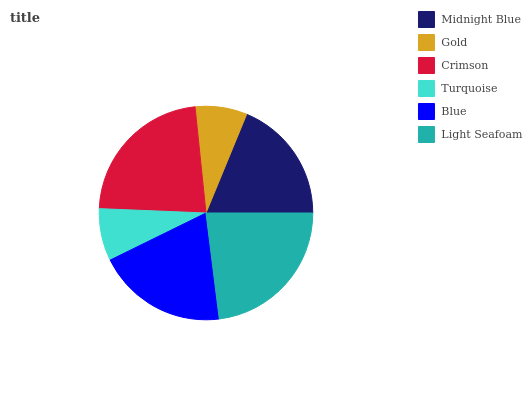
| Midnight Blue | Gold | Crimson | Turquoise | Blue | Light Seafoam |
 | --- | --- | --- | --- | --- | --- |
 | 18.8% | 7.84% | 22.7% | 7.9% | 19.7% | 23.1% |